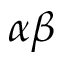
\alpha \beta